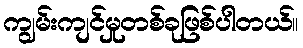
ကျွမ်းကျင်မှုတစ်ခုဖြစ်ပါတယ်။